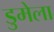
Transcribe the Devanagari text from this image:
डुमेला